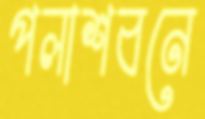
পলাশবনে